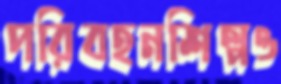
পরিবহনশিল্পও